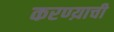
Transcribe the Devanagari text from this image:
करण्य़ाची